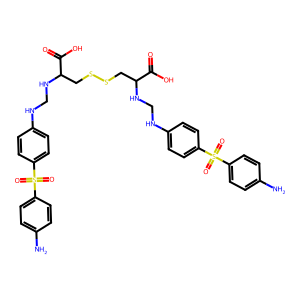
SMILES: Nc1ccc(S(=O)(=O)c2ccc(NCNC(CSSCC(NCNc3ccc(S(=O)(=O)c4ccc(N)cc4)cc3)C(=O)O)C(=O)O)cc2)cc1
Inhibits HIV replication: No